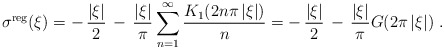
\begin{align*}\sigma^{\rm reg}(\xi) = -\, {|\xi|\over 2}\, -\,{ |\xi| \over \pi}\sum_{n=1}^\infty {K_1(2 n \pi\,|\xi|)\over n} = -\, {|\xi|\over 2}\, -\,{|\xi| \over \pi}G(2\pi\,|\xi|) \ .\end{align*}